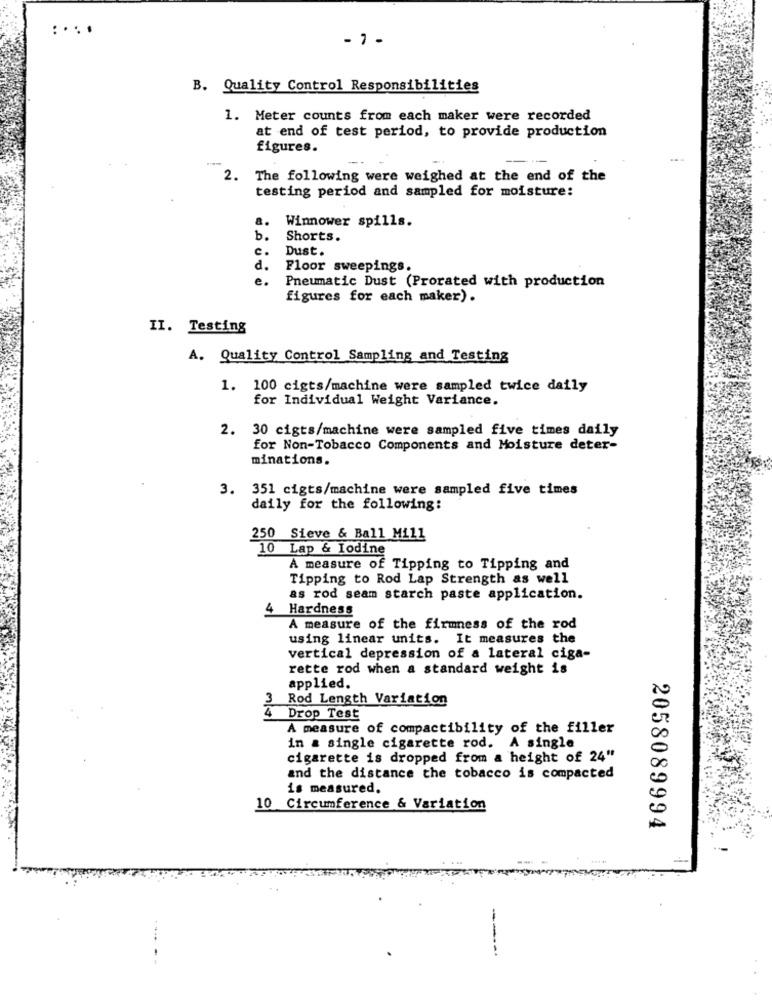
: ...
- 7 -
B. Quality Control Responsibilities
1. Meter counts from each maker were recorded
at end of test period, to provide production
figures.
2. The following were weighed at the end of the
testing period and sampled for moisture:
8.
Winnower spills.
b.
Shorts.
c.
Dust.
d.
Floor sweepings.
e.
Pneumatic Dust (Prorated with production
figures for each maker).
II. Testing
A. Quality Control Sampling and Testing
1. 100 cigts/machine were sampled twice daily
for Individual Weight Variance.
2. 30 cigts/machine were sampled five times daily
for Non-Tobacco Components and Moisture deter-
minations.
3. 351 cigts/machine were sampled five times
daily for the following:
250 Sieve & Ball Mill
10 Lap & Iodine
A measure of Tipping to Tipping and
Tipping to Rod Lap Strength as well
as rod seam starch paste application.
4 Hardness
A measure of the firmness of the rod
using linear units. It measures the
vertical depression of a lateral ciga-
rette rod when a standard weight is
applied.
3 Rod Length Variation
4
Drop Test
A measure of compactibility of the filler
in a single cigarette rod. A single
cigarette is dropped from a height of 24"
and the distance the tobacco is compacted
is measured.
10 Circumference & Variation
2058089994
-----